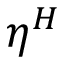
\eta ^ { H }